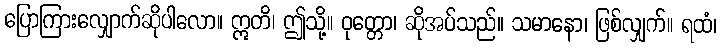
ပြောကြားလျှောက်ဆိုပါလော။ ဣတိ၊ ဤသို့။ ဝုတ္တော၊ ဆိုအပ်သည်။ သမာနော၊ ဖြစ်လျှက်။ ရထံ၊